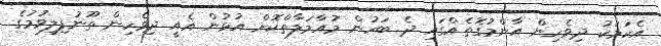
އެކަމަކު ދިވެހިން އާންމުގޮތެއްގައި ދެ ބަހުން މުއާމަލާތްކޮށް އުޅުން އެއީ ދިވެހިން ތޫނުފިލިވުމުގެ